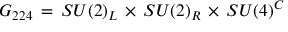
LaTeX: { \cal G } _ { 2 2 4 } \, = \, S U ( 2 ) _ { L } \, \times \, S U ( 2 ) _ { R } \, \times \, S U ( 4 ) ^ { C }